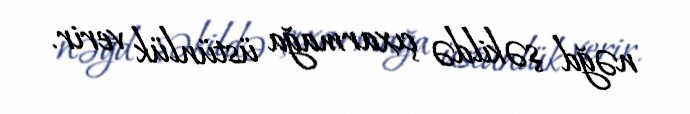
nəğd şəkildə çıxarmağa üstünlük verir.